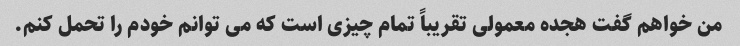
من خواهم گفت هجده معمولی تقریباً تمام چیزی است که می توانم خودم را تحمل کنم.